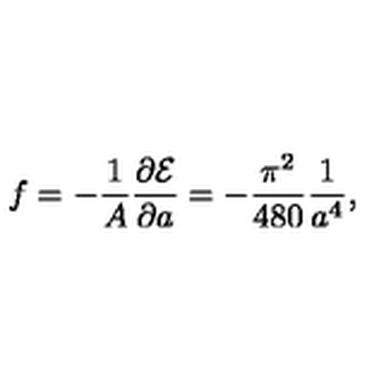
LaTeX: f = - { \frac { 1 } { A } } { \frac { \partial { \cal E } } { \partial a } } = - { \frac { \pi ^ { 2 } } { 4 8 0 } } { \frac { 1 } { a ^ { 4 } } } ,